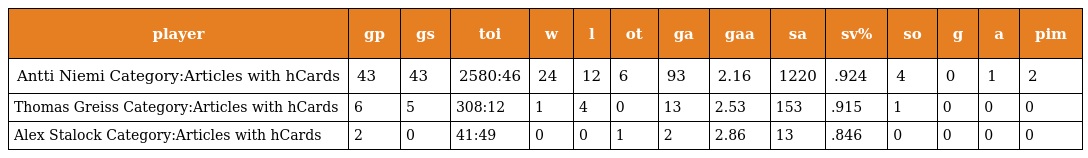
| player | gp | gs | toi | w | l | ot | ga | gaa | sa | sv% | so | g | a | pim |
 | --- | --- | --- | --- | --- | --- | --- | --- | --- | --- | --- | --- | --- | --- | --- |
 | Antti Niemi Category:Articles with hCards | 43 | 43 | 2580:46 | 24 | 12 | 6 | 93 | 2.16 | 1220 | .924 | 4 | 0 | 1 | 2 |
 | Thomas Greiss Category:Articles with hCards | 6 | 5 | 308:12 | 1 | 4 | 0 | 13 | 2.53 | 153 | .915 | 1 | 0 | 0 | 0 |
 | Alex Stalock Category:Articles with hCards | 2 | 0 | 41:49 | 0 | 0 | 1 | 2 | 2.86 | 13 | .846 | 0 | 0 | 0 | 0 |